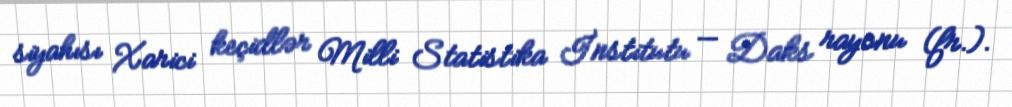
siyahısı Xarici keçidlər Milli Statistika İnstitutu — Daks rayonu (fr.).